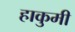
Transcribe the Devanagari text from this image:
हाकुमी